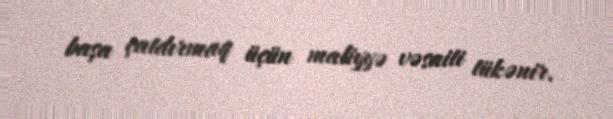
başa çatdırmaq üçün maliyyə vəsaiti tükənir.